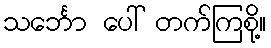
သင်္ဘော ပေါ် တက်ကြစို့။